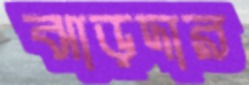
ঝাড়দার